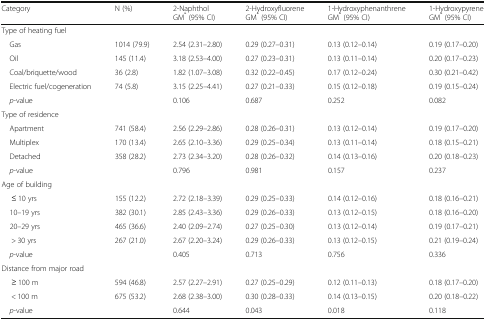
<table><thead><tr><td><b>Category</b></td><td><b>N (%)</b></td><td><b>2-Naphthol GM<sup>*</sup> (95% CI)</b></td><td><b>2-Hydroxyfluorene GM<sup>*</sup> (95% CI)</b></td><td><b>1-Hydroxyphenanthrene GM<sup>*</sup> (95% CI)</b></td><td><b>1-Hydroxypyrene GM<sup>*</sup> (95% CI)</b></td></tr></thead><tbody><tr><td colspan="6">Type of heating fuel</td></tr><tr><td> Gas</td><td>1014 (79.9)</td><td>2.54 (2.31–2.80)</td><td>0.29 (0.27–0.31)</td><td>0.13 (0.12–0.14)</td><td>0.19 (0.17–0.20)</td></tr><tr><td> Oil</td><td>145 (11.4)</td><td>3.18 (2.53–4.00)</td><td>0.27 (0.23–0.31)</td><td>0.13 (0.11–0.14)</td><td>0.20 (0.17–0.23)</td></tr><tr><td> Coal/briquette/wood</td><td>36 (2.8)</td><td>1.82 (1.07–3.08)</td><td>0.32 (0.22–0.45)</td><td>0.17 (0.12–0.24)</td><td>0.30 (0.21–0.42)</td></tr><tr><td> Electric fuel/cogeneration</td><td>74 (5.8)</td><td>3.15 (2.25–4.41)</td><td>0.27 (0.21–0.33)</td><td>0.15 (0.12–0.18)</td><td>0.19 (0.15–0.24)</td></tr><tr><td> <i>p</i>-value</td><td></td><td>0.106</td><td>0.687</td><td>0.252</td><td>0.082</td></tr><tr><td colspan="6">Type of residence</td></tr><tr><td> Apartment</td><td>741 (58.4)</td><td>2.56 (2.29–2.86)</td><td>0.28 (0.26–0.31)</td><td>0.13 (0.12–0.14)</td><td>0.19 (0.17–0.20)</td></tr><tr><td> Multiplex</td><td>170 (13.4)</td><td>2.65 (2.10–3.36)</td><td>0.29 (0.25–0.34)</td><td>0.13 (0.11–0.14)</td><td>0.18 (0.15–0.21)</td></tr><tr><td> Detached</td><td>358 (28.2)</td><td>2.73 (2.34–3.20)</td><td>0.28 (0.26–0.32)</td><td>0.14 (0.13–0.16)</td><td>0.20 (0.18–0.23)</td></tr><tr><td> <i>p</i>-value</td><td></td><td>0.796</td><td>0.981</td><td>0.157</td><td>0.237</td></tr><tr><td colspan="6">Age of building</td></tr><tr><td>≤ 10 yrs</td><td>155 (12.2)</td><td>2.72 (2.18–3.39)</td><td>0.29 (0.25–0.33)</td><td>0.14 (0.12–0.16)</td><td>0.18 (0.16–0.21)</td></tr><tr><td> 10–19 yrs</td><td>382 (30.1)</td><td>2.85 (2.43–3.36)</td><td>0.29 (0.26–0.33)</td><td>0.13 (0.12–0.15)</td><td>0.18 (0.16–0.20)</td></tr><tr><td> 20–29 yrs</td><td>465 (36.6)</td><td>2.40 (2.09–2.74)</td><td>0.27 (0.25–0.30)</td><td>0.13 (0.12–0.14)</td><td>0.19 (0.17–0.21)</td></tr><tr><td>&gt; 30 yrs</td><td>267 (21.0)</td><td>2.67 (2.20–3.24)</td><td>0.29 (0.26–0.33)</td><td>0.13 (0.12–0.15)</td><td>0.21 (0.19–0.24)</td></tr><tr><td> <i>p</i>-value</td><td></td><td>0.405</td><td>0.713</td><td>0.756</td><td>0.336</td></tr><tr><td colspan="6">Distance from major road</td></tr><tr><td>≥ 100 m</td><td>594 (46.8)</td><td>2.57 (2.27–2.91)</td><td>0.27 (0.25–0.29)</td><td>0.12 (0.11–0.13)</td><td>0.18 (0.17–0.20)</td></tr><tr><td>&lt; 100 m</td><td>675 (53.2)</td><td>2.68 (2.38–3.00)</td><td>0.30 (0.28–0.33)</td><td>0.14 (0.13–0.15)</td><td>0.20 (0.18–0.22)</td></tr><tr><td> <i>p</i>-value</td><td></td><td>0.644</td><td>0.043</td><td>0.018</td><td>0.118</td></tr></tbody></table>